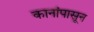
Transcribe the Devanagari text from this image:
कानांपासून